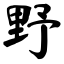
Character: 野